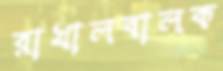
রাখালবালক